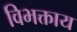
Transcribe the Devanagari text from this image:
विभक्ताय